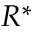
R ^ { * }